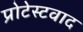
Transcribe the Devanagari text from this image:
प्रोटेस्टवाद